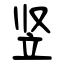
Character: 竖